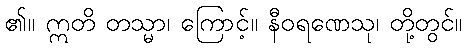
၏။ ဣတိ တသ္မာ၊ ကြောင့်။ နီဝရဏေသု၊ တို့တွင်။